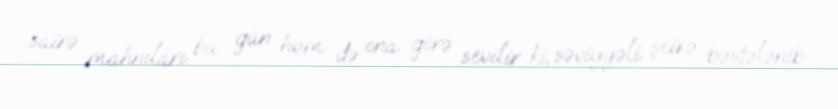
sairə mahnıları bu gün həm də ona görə sevilir ki, səviyyəli şeirə bəstələnib.